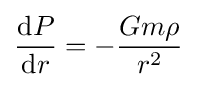
{{\mbox{d}}P \over {\mbox{d}}r}=-{Gm\rho  \over r^{2}}